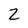
Character: 2